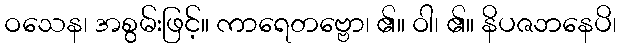
ဝသေန၊ အစွမ်းဖြင့်။ ကာရေတဗ္ဗော၊ ၏။ ဝါ၊ ၏။ နိပဇဘနေပိ၊